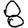
Digit: 8